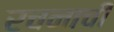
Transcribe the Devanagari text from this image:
रचनाची